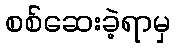
စစ်ဆေးခဲ့ရာမှ